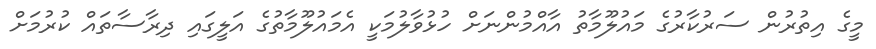
މީގެ އިތުރުން ސަރުކާރުގެ މައުލޫމާތު އާއްމުންނަށް ހުޅުވާލުމަކީ އެމައުލޫމާތުގެ އަލީގައި ދިރާސާތައް ކުރުމަށް